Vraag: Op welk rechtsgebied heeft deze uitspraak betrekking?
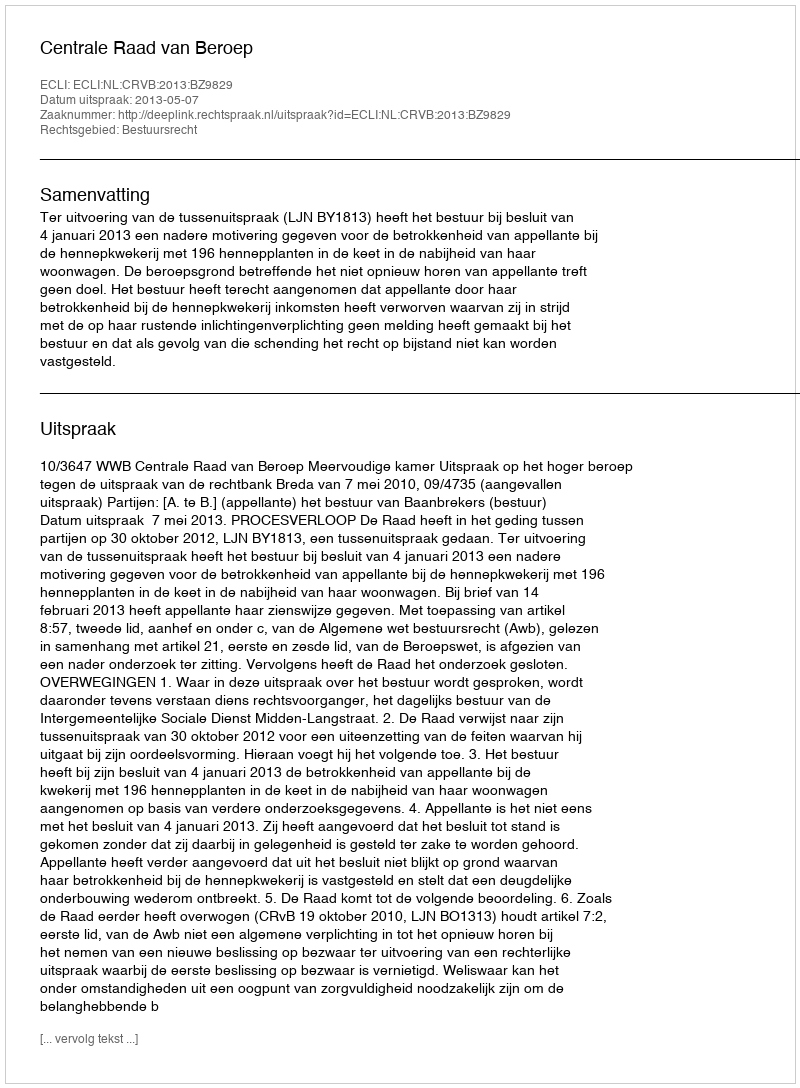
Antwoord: Bestuursrecht